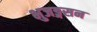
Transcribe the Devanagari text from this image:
भुजङ्गसन